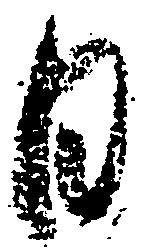
日